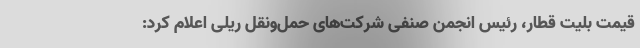
قیمت بلیت قطار، رئیس انجمن صنفی شرکت‌های حمل‌ونقل ریلی اعلام کرد: